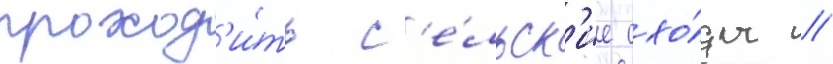
проход'и́ть с'е́льск'ие схо́ды //